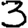
Digit: 3